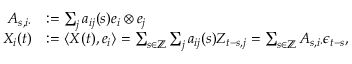
\begin{array} { r l } { A _ { s , i \cdot } } & { : = \sum _ { j } a _ { i j } ( s ) e _ { i } \otimes e _ { j } } \\ { X _ { i } ( t ) } & { : = \langle X ( t ) , e _ { i } \rangle = \sum _ { s \in \mathbb { Z } } \sum _ { j } a _ { i j } ( s ) Z _ { t - s , j } = \sum _ { s \in \mathbb { Z } } A _ { s , i \cdot } \epsilon _ { t - s } , } \end{array}